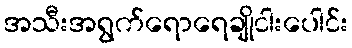
အသီးအရွက်ရောရေချိုငါးပေါင်း